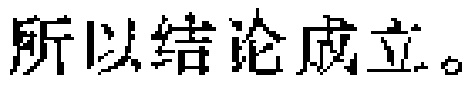
所以结论成立。